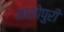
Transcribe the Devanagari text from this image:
आशोपुरी